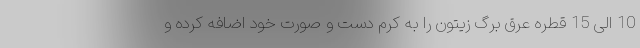
10 الی 15 قطره عرق برگ زیتون را به کرم دست و صورت خود اضافه کرده و